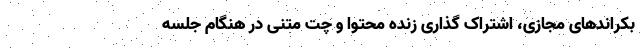
بکراندهای مجازی، اشتراک گذاری زنده محتوا و چت متنی در هنگام جلسه